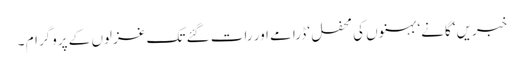
خبریں‘ گانے‘ بہنوں کی محفل ‘ ڈرامے اور رات گئے تک غزلوں کے پروگرام ۔